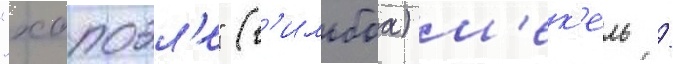
"хапоэл'е" (г'ильбоа) м'ек'ель /